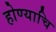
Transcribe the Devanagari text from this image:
होण्याचि